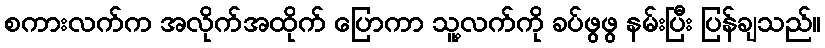
စကားလက်က အလိုက်အထိုက် ပြောကာ သူ့လက်ကို ခပ်ဖွဖွ နမ်းပြီး ပြန်ချသည်။